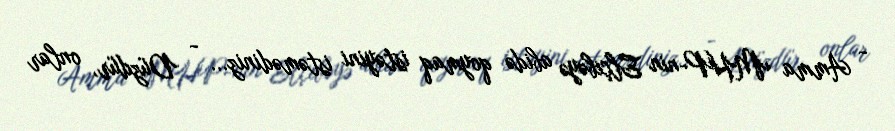
- Amma MHP-nin Elçibəyə abidə qoymaq istəyini istəmədiniz... - Düzdür, onlar